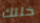
خلتك